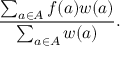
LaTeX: { \frac { \sum _ { a \in A } f ( a ) w ( a ) } { \sum _ { a \in A } w ( a ) } } .